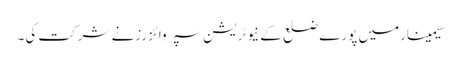
سیمینارمیں پورے ضلع کے نیوٹریشن سپروائزرزنے شرکت کی۔